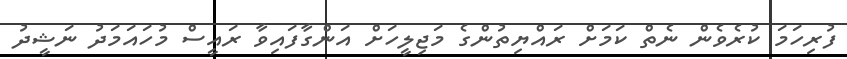
ފުރިހަމަ ކުރެވެން ނެތް ކަމަށް ރައްޔިތުންގެ މަޖިލީހަށް އަންގާފައިވާ ރައީސް މުހައަމަދު ނަޝީދު